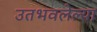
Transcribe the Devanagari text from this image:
उतभवलेल्या